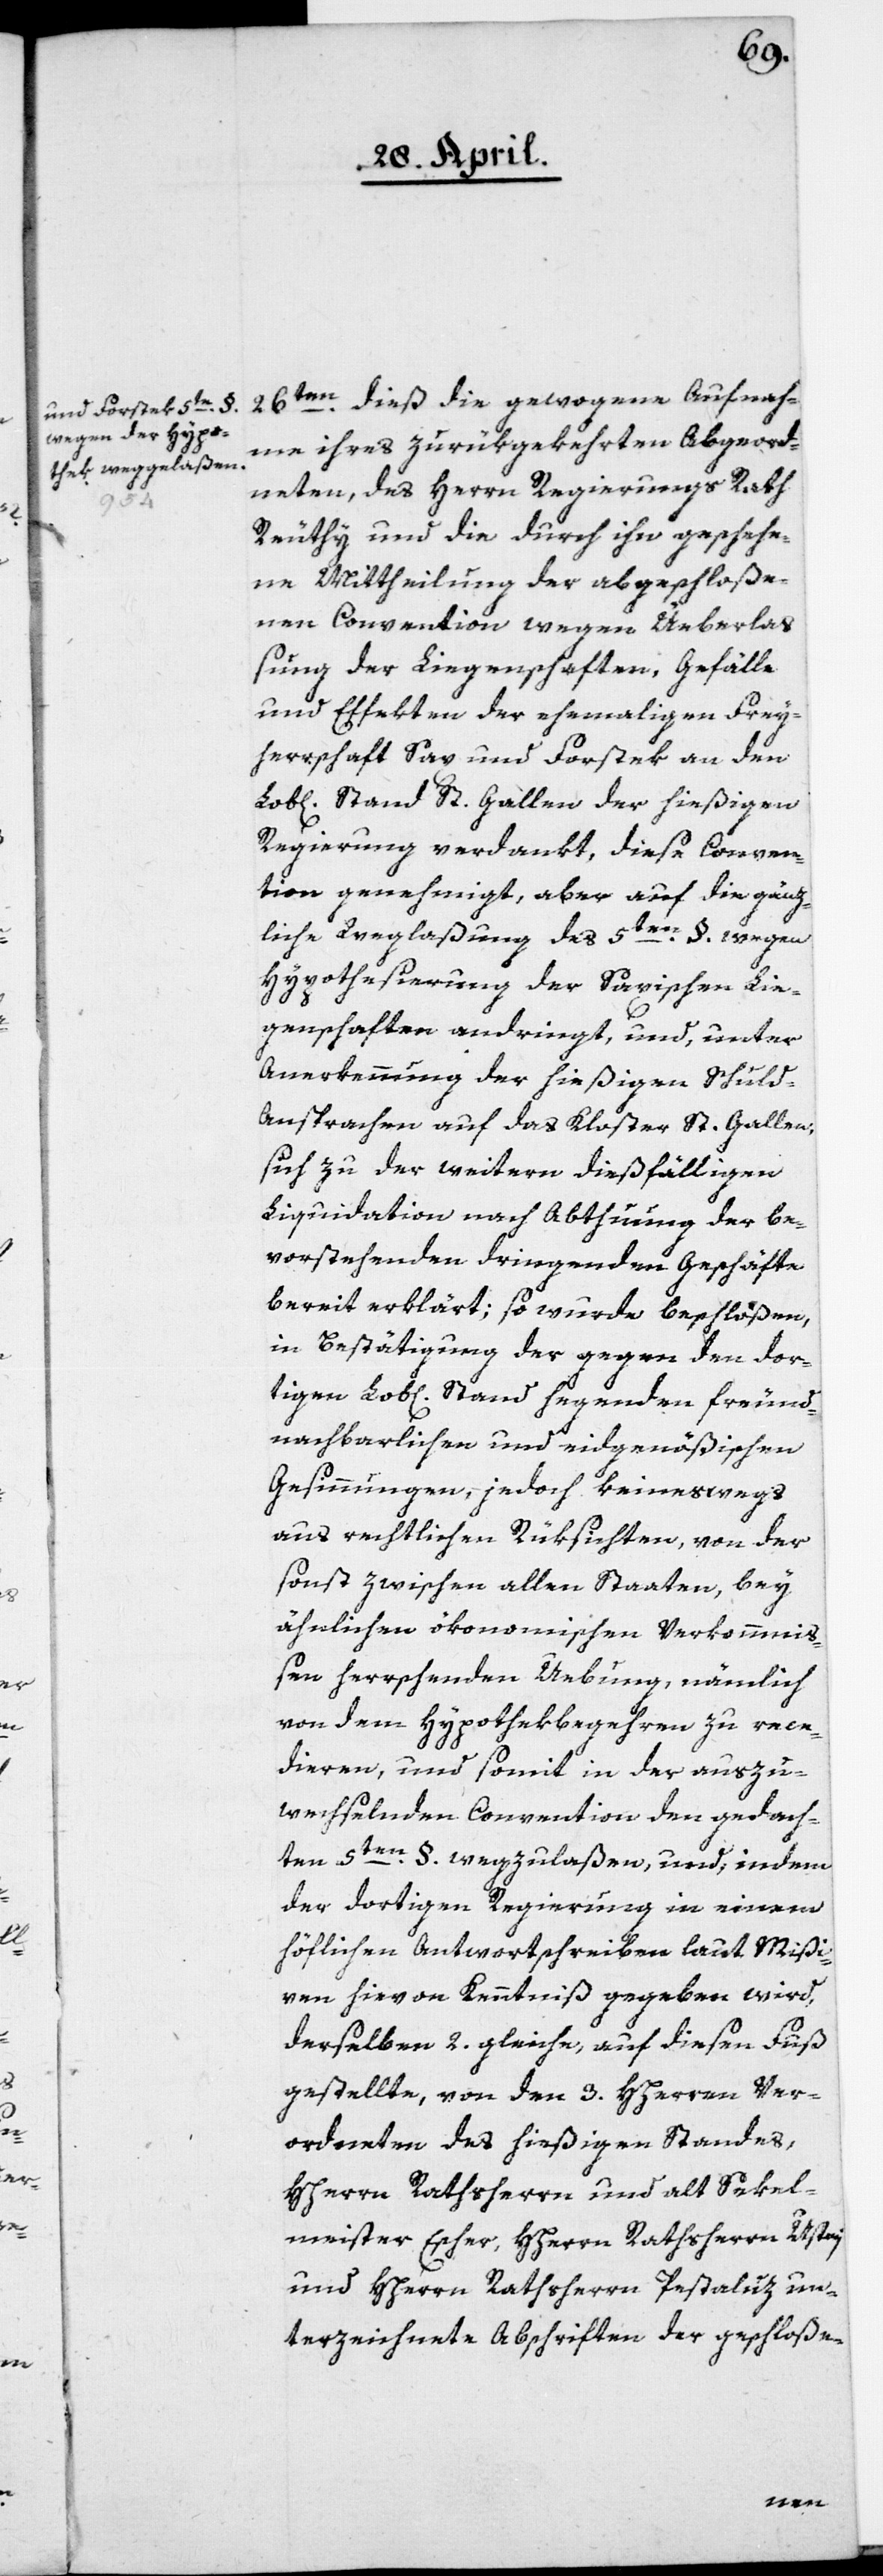
26ten dieß die gewogene Aufnah¬
me ihres zurükgekehrten Abgeord¬
neten, des Herrn Regierungs Rath
Reüthy und die durch ihn geschehe¬
ne Mittheilung der abgeschloße¬
nen Convention wegen Üeberlaß¬
ung der Liegenschaften, Gefälle
und Effekten der ehemaligen Frey¬
herrschaft Sax und Forstek an den
Lob[lichen] Stand St. Gallen der hießigen
Regierung verdankt, diese Conven¬
tion genehmigt, aber auf die gänz¬
liche Weglaßung des 5ten §. wegen
Hypothesierung der Saxischen Lie¬
genschaften andringt, und, unter
Anerkennung der hießigen Schuld-A¬
nsprachen auf das Kloster St. Gallen,
sich zu der weitern dießfälligen
Liquidation nach Abthuung der be¬
vorstehenden dringenden Geschäfte
bereit erklärt, so wurde beschloßen,
in Bestätigung der gegen den dor¬
tigen Lob[lichen] Stand hegenden freund¬
nachbarlichen und eidgenößischen
Gesinnungen, jedoch keineswegs
aus rechtlichen Rüksichten, von der
sonst zwischen allen Staaten, bey
ähnlichen ökonomischen Verkommni¬
ßen herrschenden Uebung, nämlich
von dem Hypothekbegehren zu rece¬
dieren, und somit in der auszu¬
wechselnden Convention den gedach¬
ten 5ten §. wegzulaßen, und, indem
der dortigen Regierung in einem
höflichen Antwortschreiben, laut Mißi¬
ven, hievon Kenntniß gegeben wird,
derselben 2. gleiche, auf diesen Fuß
gestellte, von den 3. Herren Ver¬
ordneten des hießigen Standes,
HHerrn Rathsherrn und alt Sekel¬
meister Escher, HHerrn Rathsherrn Usteri
und HHerrn Rathsherrn Pestaluz un¬
terzeichnete Abschriften der geschloße-